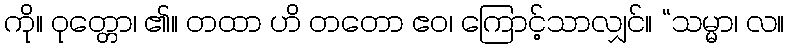
ကို။ ဝုတ္တော၊ ၏။ တထာ ဟိ တတော ဧဝ၊ ကြောင့်သာလျှင်။ “သမ္မာ၊ လ။